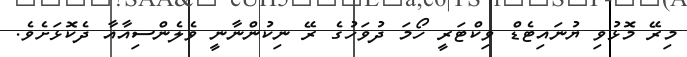
މިރޭ މޮޅުވި ޔުނައިޓެޑް ވިކްޓަރީ ހޯމަ ދުވަހުގެ ރޭ ނިކުންނާނީ ވެލެންސިއާއާ ދެކޮޅަށެވެ.